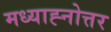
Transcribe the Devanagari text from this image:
मध्याह्नोत्तर